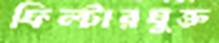
ফিল্টারযুক্ত